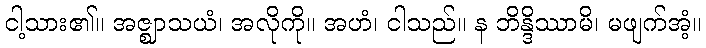
ငါ့သား၏။ အဇ္ဈာသယံ၊ အလိုကို။ အဟံ၊ ငါသည်။ န ဘိန္ဒိဿာမိ၊ မဖျက်အံ့။